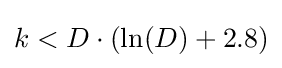
k<D\cdot (\ln(D)+2.8)